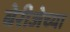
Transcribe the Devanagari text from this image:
बेरीजेच्या